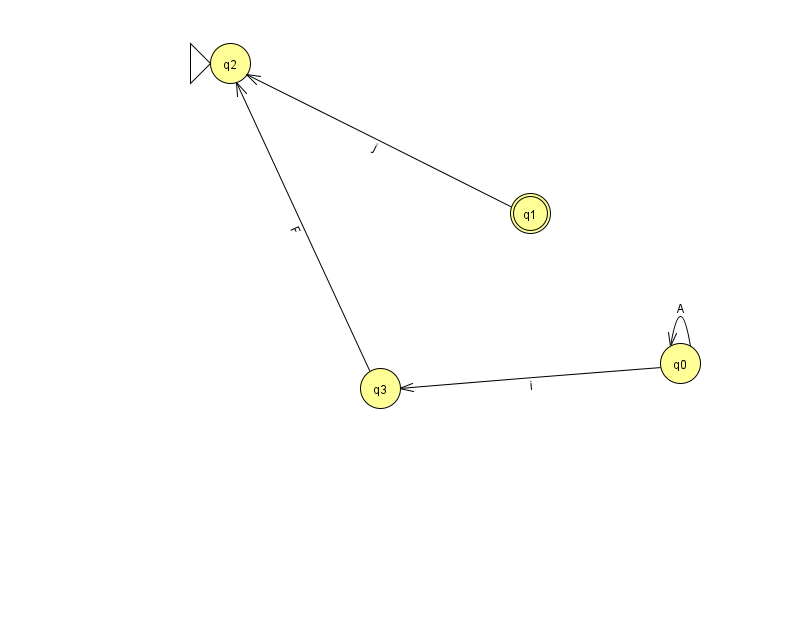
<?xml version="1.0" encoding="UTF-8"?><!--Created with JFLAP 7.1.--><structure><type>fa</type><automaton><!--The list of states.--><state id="0" name="q0"><x>680.0</x><y>350.0</y></state><state id="1" name="q1"><x>530.0</x><y>200.0</y><final/></state><state id="2" name="q2"><x>230.0</x><y>50.0</y><initial/></state><state id="3" name="q3"><x>380.0</x><y>375.0</y></state><!--The list of transitions.--><transition><from>0</from><to>0</to><read>A</read></transition><transition><from>0</from><to>3</to><read>i</read></transition><transition><from>3</from><to>2</to><read>F</read></transition><transition><from>1</from><to>2</to><read>j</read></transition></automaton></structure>